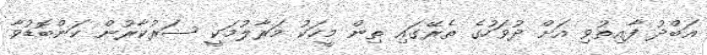
އަބްދު ފާއިތުވި އަށް ދުވަހުގެ ތެރޭގައި ތިން މީހަކު މަރާލުމަކީ ސަރުކާރުން ކަންބޮޑުވާ